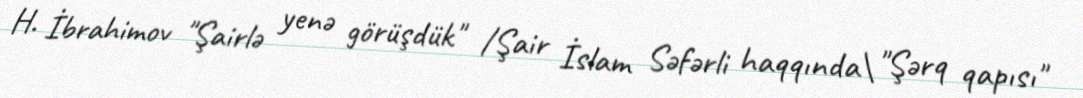
H. İbrahimov "Şairlə yenə görüşdük" /Şair İslam Səfərli haqqında\ "Şərq qapısı"